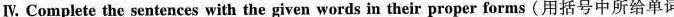
Ⅳ Complete the sentences with the given words in their proper forms (用括号中所给单词